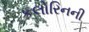
કલોરિનની